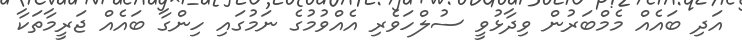
އަދި ބައެއް މެމްބަރުން ވިދާޅުވީ ސުލްހަވެރި އެއްވުމުގެ ނަމުގައި ހިންގާ ބައެއް ޖަރީމާތަކާ